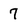
Character: 7